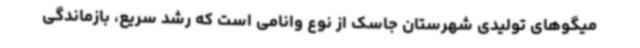
میگوهای تولیدی شهرستان جاسک از نوع وانامی است که رشد سریع، بازماندگی